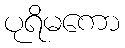
ပုရိမကော